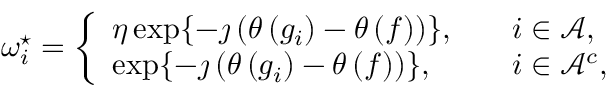
\omega _ { i } ^ { \star } = \left\{ \begin{array} { l l } { \eta \exp \{ - \jmath \left( \theta \left( g _ { i } \right) - \theta \left( f \right) \right) \} , \quad } & { i \in { \ensuremath { \mathcal { A } } } , } \\ { \exp \{ - \jmath \left( \theta \left( g _ { i } \right) - \theta \left( f \right) \right) \} , \quad } & { i \in { \ensuremath { \mathcal { A } } } ^ { c } , } \end{array} \right.